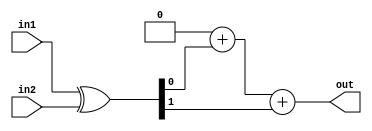
`timescale 1ns / 1ps

module hammingdis(
in1,
in2,
out
    );

parameter r=2;

input[r-1:0] in1;
input[r-1:0] in2;
output reg[r-1:0] out;

reg[7:0] i;

reg[r-1:0] inxor;

always@(in1,in2)begin
    inxor=in1^in2;
    out=0;
    for(i=0;i<r;i=i+1)begin
        out=out+inxor[i];
    end
end

endmodule